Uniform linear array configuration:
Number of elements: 4
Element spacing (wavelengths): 0.75
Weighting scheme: kaiser
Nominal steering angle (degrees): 15
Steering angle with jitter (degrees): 13.379
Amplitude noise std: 0.05
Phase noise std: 0.05

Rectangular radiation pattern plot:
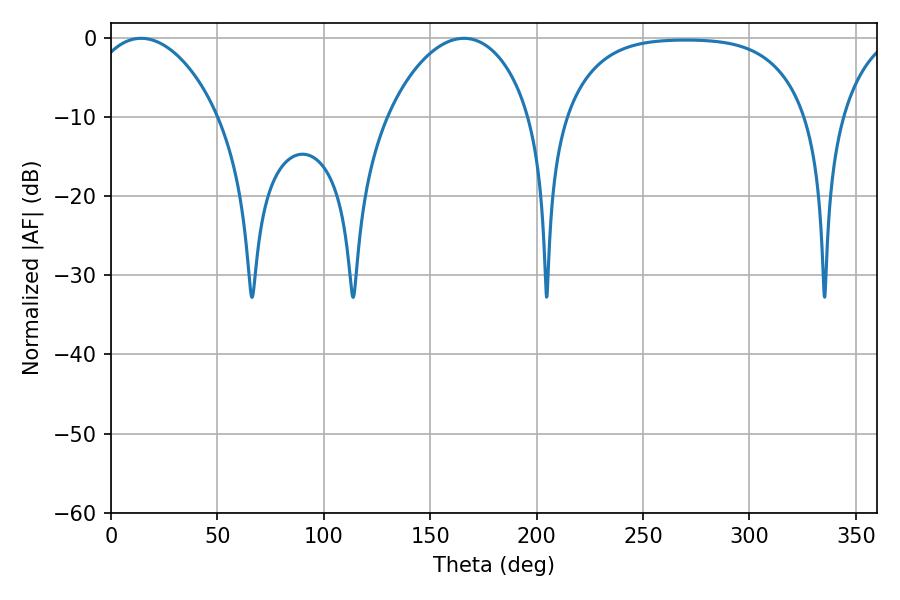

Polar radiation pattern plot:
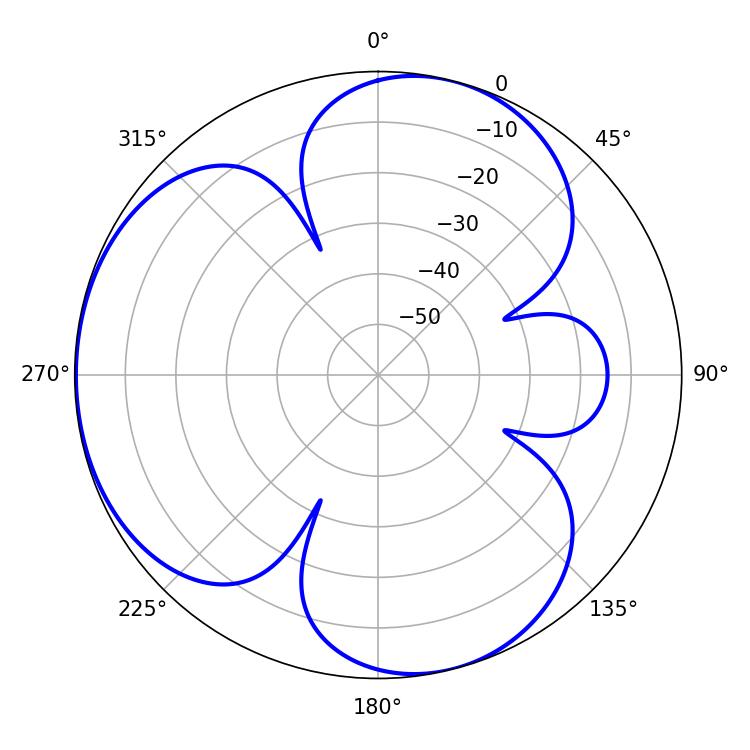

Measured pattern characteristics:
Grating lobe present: TRUE
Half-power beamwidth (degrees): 34.2
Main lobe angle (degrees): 14.22